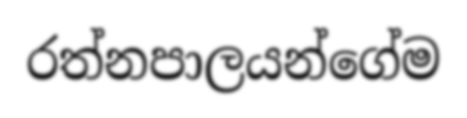
රත්නපාලයන්ගේම